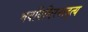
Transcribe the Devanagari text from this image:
भवविधिरनादृत्य